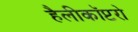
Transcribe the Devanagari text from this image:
हैलीकॉप्टरो